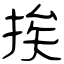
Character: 挨